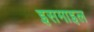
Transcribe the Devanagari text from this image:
इसमाइल